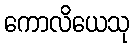
ကောလိယေသု